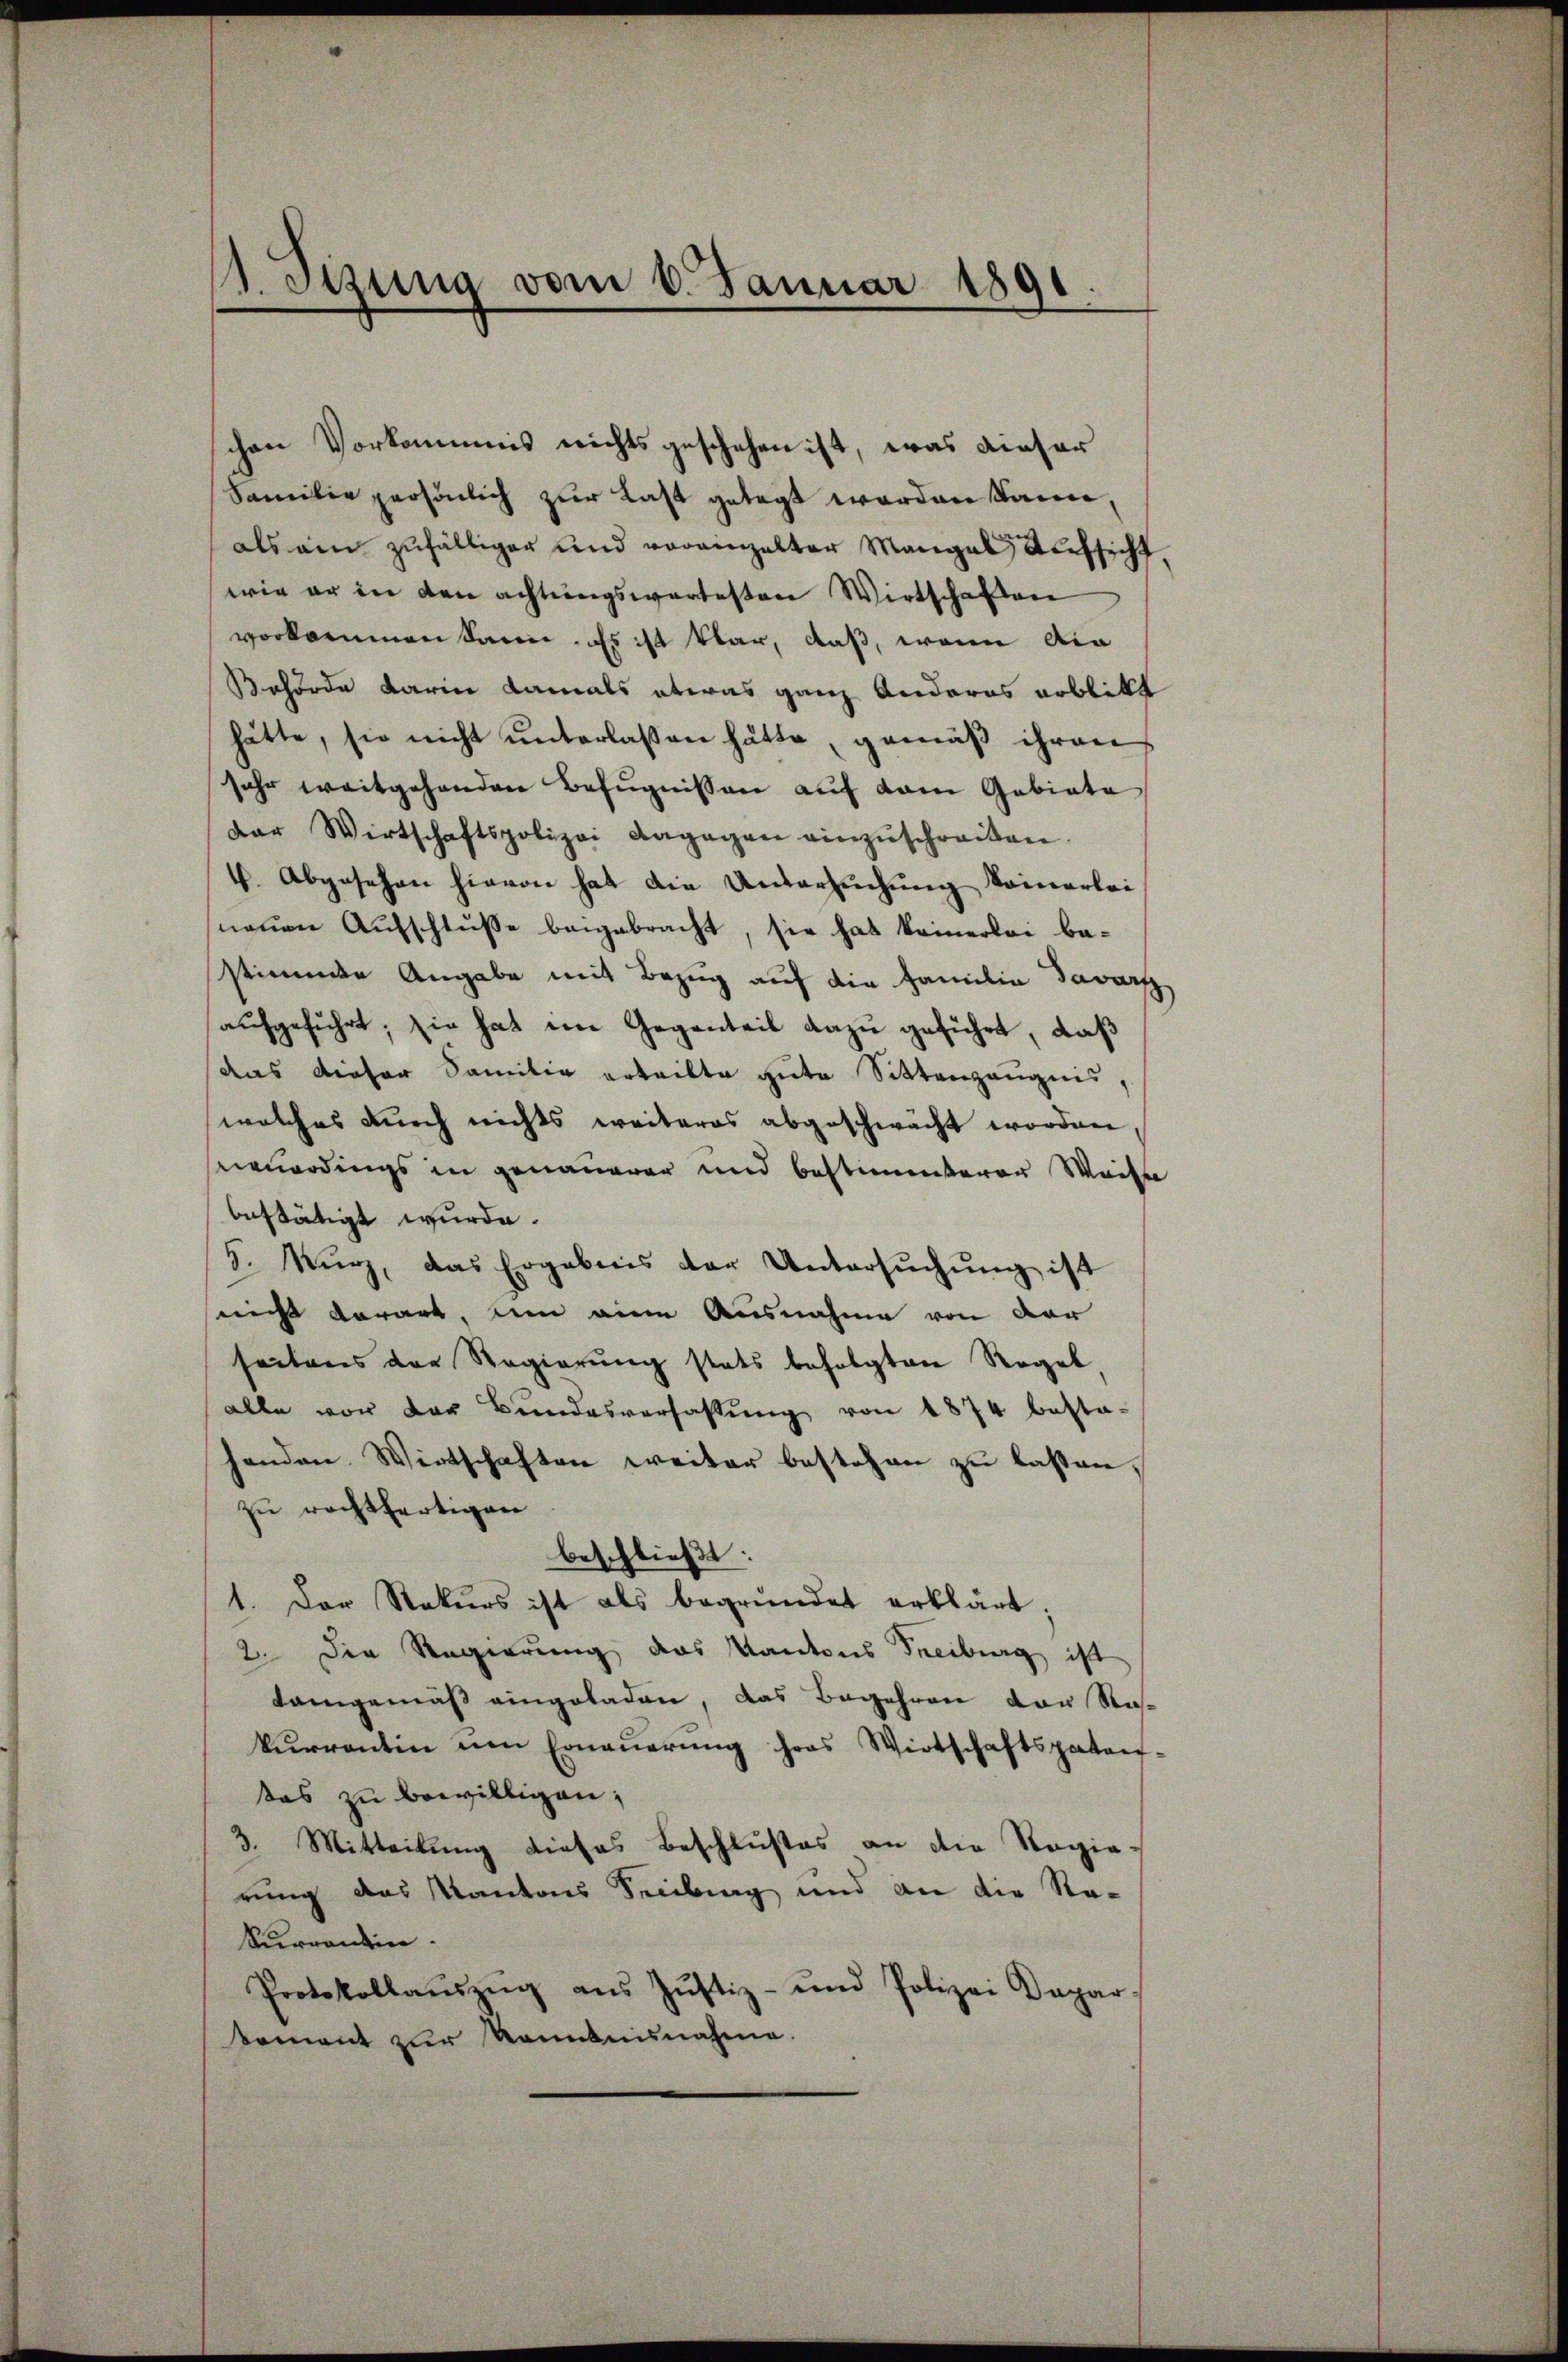
st. Stung vom 6. Januar 1891

chen Vorkommnis nichts geschehen ist, was dieser
Familie persönlich zur Last gelegt werden kann,
als ein zufälliger und voreinhalter Mangel Aufsicht,
wie er in den achtungswartesten Wirtschaften
vorkommen kann. Es ist klar, daß, wenn die
Behörde darin damals etwas ganz Anderes erblickt
hätte, sie nicht unterlassen hätte, gemäß ihren
sehr weitgehenden Befugnissen auf vom Gebiete
Dar Wirtschaftspolizei dagegen einzŭschreiten.
4. Abgesehen hievon hat die Untersuchung kommerlei
neuen Aufschlusse beigebracht, sie hat keinerlei bastimmte Angabe mit Bezug auf die Familie davorz
aufgeführt; sie hat im Gegenteil dazu geführt, daß
aas dieser Samilie erteilte gute Sittenzeugnis,
welches durch nichts weiteres abgeschwächt worden,
neuerdings in genauerer und bestimmterer Weise
bestätigt wurde.
8. Kurz, das Ergebnis der Untersŭchŭng ist
nicht darauf, um eine Ausnahme von der
seitens der Regierung stats befolgten Regel
alle vor der Bŭndesverfassŭng von 1874 besta-
henden Wirtschaften weiter bestehen zu lassen,
zu rechtfertigen
beschließt:
1. Der Rekurs ist als begründet erklärt;
2. Die Regierung des Kantons Freiburg ist
Lamgemäß eingeladen, das Begehren der Stakurrentin um Ernaŭerŭng hras Wirtschaftspaten-
das zu bewilligen;
3. Mitteilung dieses Beschlußes an die Regie-
rung das Kantons Seciburg und an die Re¬
Surrontin.
Protokollaŭszŭg ans Jŭstiz- und Polizei Dapar-
koment zur Kenntnisnahme.